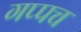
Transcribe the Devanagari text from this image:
गप्पच